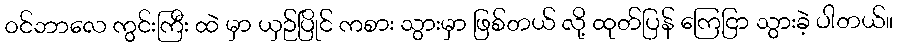
၀င်ဘာလေ ကွင်းကြီး ထဲ မှာ ယှဉ်ပြိုင် ကစား သွားမှာ ဖြစ်တယ် လို့ ထုတ်ပြန် ကြေငြာ သွားခဲ့ ပါတယ်။